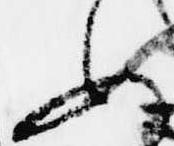
ふ